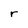
Character: r